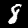
Digit: 8